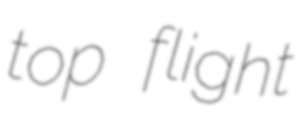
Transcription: top flight